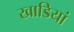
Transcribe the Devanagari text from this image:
खाडियां